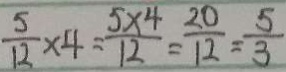
\frac { 5 } { 1 2 } \times 4 = \frac { 5 \times 4 } { 1 2 } = \frac { 2 0 } { 1 2 } = \frac { 5 } { 3 }